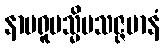
နာမရူပသ္မိမသဇ္ဇမာနံ